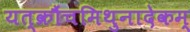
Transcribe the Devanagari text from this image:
यत्क्रौंचमिथुनादेकम्